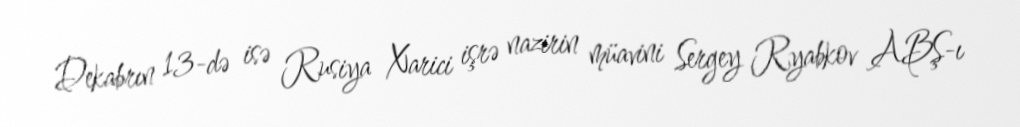
Dekabrın 13-də isə Rusiya Xarici işrə nazirin müavini Sergey Ryabkov ABŞ-ı